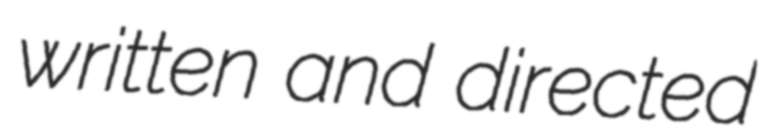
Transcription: written and directed